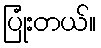
ပြုံးတယ်။